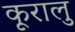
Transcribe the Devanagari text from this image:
कूरालु